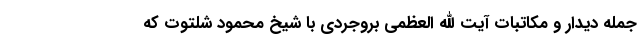
جمله دیدار و مکاتبات آیت الله العظمی بروجردی با شیخ محمود شلتوت که